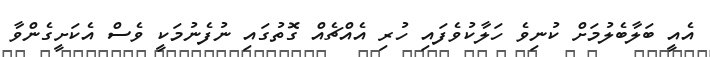
އެއީ ބަލާބެލުމަށް ކުނިވެ ހަލާކުވެފައި ހުރި އެއްޗެއް ގޮތުގައި ނުފެނުމަކީ ވެސް އެކަށީގެންވާ